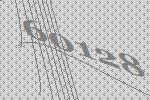
60128